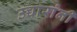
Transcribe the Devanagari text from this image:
उच्चारांनी